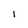
Character: I